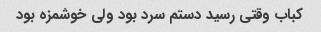
کباب وقتی رسید دستم سرد بود ولی خوشمزه بود